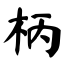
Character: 柄